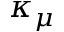
\kappa _ { \mu }